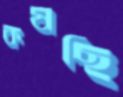
কষছি